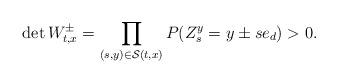
LaTeX: \begin{align*}\det W^{\pm}_{t,x} = \prod_{(s,y) \in \mathcal{S}(t,x)}P(Z_s^y =y \pm s e_d)>0.\end{align*}